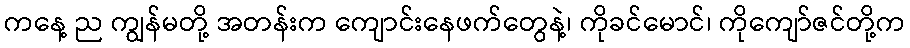
ကနေ့ ည ကျွန်မတို့ အတန်းက ကျောင်းနေဖက်တွေနဲ့၊ ကိုခင်မောင်၊ ကိုကျော်ဇင်တို့က